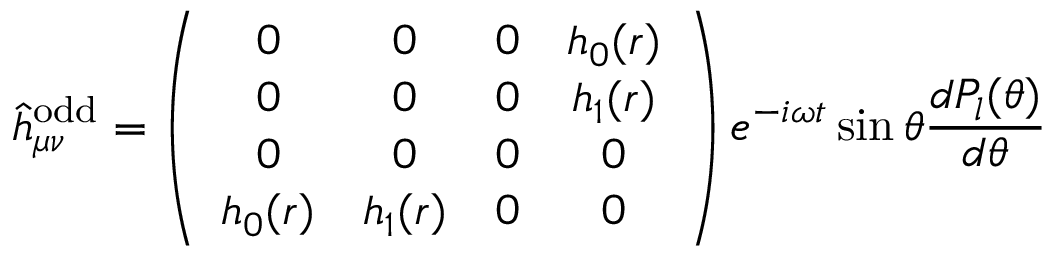
\hat { h } _ { \mu \nu } ^ { \mathrm { o d d } } = \left( \begin{array} { c c c c } { { 0 } } & { { 0 } } & { { 0 } } & { { h _ { 0 } ( r ) } } \\ { { 0 } } & { { 0 } } & { { 0 } } & { { h _ { 1 } ( r ) } } \\ { { 0 } } & { { 0 } } & { { 0 } } & { { 0 } } \\ { { h _ { 0 } ( r ) } } & { { h _ { 1 } ( r ) } } & { { 0 } } & { { 0 } } \end{array} \right) e ^ { - i \omega t } \sin \theta { \frac { d P _ { l } ( \theta ) } { d \theta } }